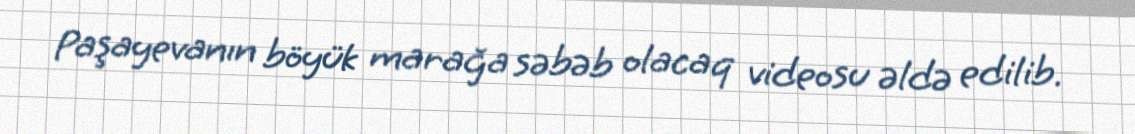
Paşayevanın böyük marağa səbəb olacaq videosu əldə edilib.